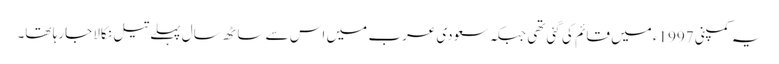
یہ کمپنی 1997ء میں قائم کی گئی تھی جبکہ سعودی عرب میں اس سے ساٹھ سال پہلے تیل نکالا جارہا تھا۔